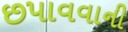
છપાવવાની